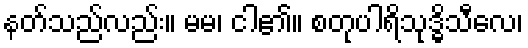
နတ်သည်လည်း။ မမ၊ ငါ၏။ စတုပါရိသုဒ္ဓိသီလေ၊